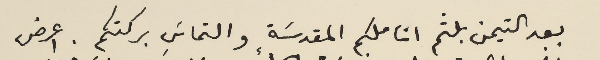
بعد التيمن بلثم اناملكم المقدسَة والتماسَ بركتكم. اعرض